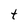
Character: t